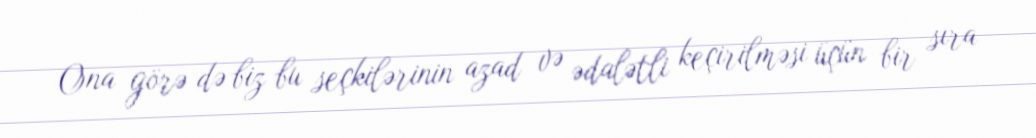
Ona görə də biz bu seçkilərinin azad və ədalətli keçirilməsi üçün bir sıra